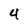
Character: 4